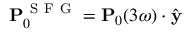
\mathbf { P } _ { 0 } ^ { \mathrm { ~ S ~ F ~ G ~ } } = \mathbf { P } _ { 0 } ( 3 \omega ) \cdot \hat { \mathbf { y } }